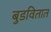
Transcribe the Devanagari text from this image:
बुडवितात